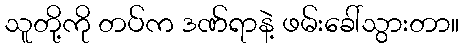
သူတို့ကို တပ်က ဒဏ်ရာနဲ့ ဖမ်းခေါ်သွားတာ။